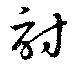
討